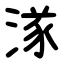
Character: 㴚